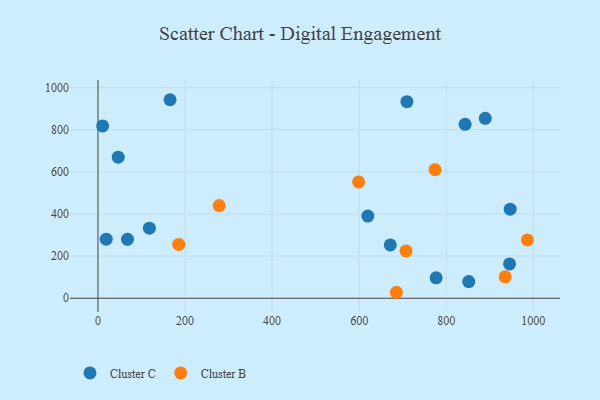
{"axis": {"x": "Study Hours", "y": "Fuel Efficiency"}, "legend": ["Cluster B", "Cluster C"], "data": [{"x": "851.7", "y": 79.3, "type": "Cluster C"}, {"x": "671.5", "y": 252.9, "type": "Cluster C"}, {"x": "776.8", "y": 96.8, "type": "Cluster C"}, {"x": "945.5", "y": 162.7, "type": "Cluster C"}, {"x": "165.6", "y": 942.4, "type": "Cluster C"}, {"x": "619.9", "y": 390.2, "type": "Cluster C"}, {"x": "67.8", "y": 279.8, "type": "Cluster C"}, {"x": "19.0", "y": 280.3, "type": "Cluster C"}, {"x": "118.1", "y": 332.5, "type": "Cluster C"}, {"x": "946.9", "y": 422.6, "type": "Cluster C"}, {"x": "46.5", "y": 669.5, "type": "Cluster C"}, {"x": "709.7", "y": 933.3, "type": "Cluster C"}, {"x": "843.3", "y": 825.4, "type": "Cluster C"}, {"x": "10.7", "y": 818.0, "type": "Cluster C"}, {"x": "889.6", "y": 854.1, "type": "Cluster C"}, {"x": "707.6", "y": 224.7, "type": "Cluster B"}, {"x": "598.7", "y": 552.0, "type": "Cluster B"}, {"x": "774.2", "y": 610.1, "type": "Cluster B"}, {"x": "278.4", "y": 440.0, "type": "Cluster B"}, {"x": "685.5", "y": 28.3, "type": "Cluster B"}, {"x": "986.4", "y": 276.7, "type": "Cluster B"}, {"x": "935.4", "y": 101.8, "type": "Cluster B"}, {"x": "185.5", "y": 255.3, "type": "Cluster B"}]}